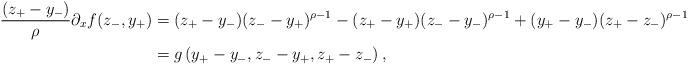
LaTeX: \begin{align*}\frac{(z_+-y_-)}{\rho}\partial_x f(z_-,y_+) &= (z_+-y_-)(z_--y_+)^{\rho-1} - (z_+-y_+)(z_--y_-)^{\rho-1} + (y_+-y_-)(z_+-z_-)^{\rho-1} \\ &= g\left(y_+-y_-, z_--y_+, z_+-z_-\right),\end{align*}